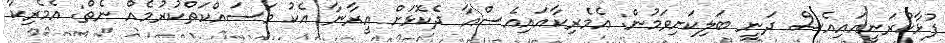
ފުޅާކުރަނީއައިއެސް ދަނީ ބަލިކަށިވަމުން: އެމެރިކާއައިއެސްއާ ދެކޮޅަށް އީރާނާ އެކު މަސައްކަތްކުރުމެއް ނެތް: އެމެރިކާ